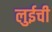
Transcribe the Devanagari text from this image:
लुईची